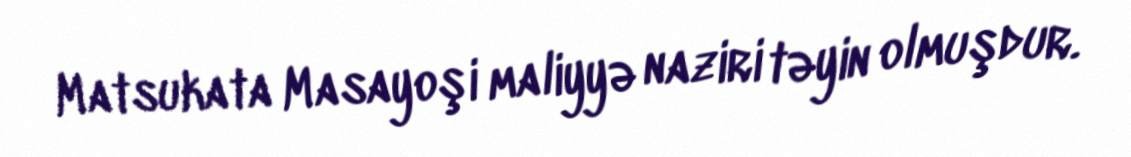
Matsukata Masayoşi maliyyə naziri təyin olmuşdur.